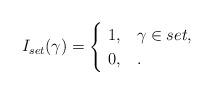
LaTeX: \begin{align*}I_{set}(\gamma)=\begin{cases}\,\,1, & \gamma \in set, \\\,\,0, & .\end{cases}\end{align*}